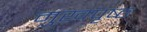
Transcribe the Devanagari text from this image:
मुखपृष्‍ठ